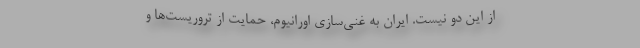
از این دو نیست. ایران به غنی‌سازی اورانیوم، حمایت از تروریست‌ها و